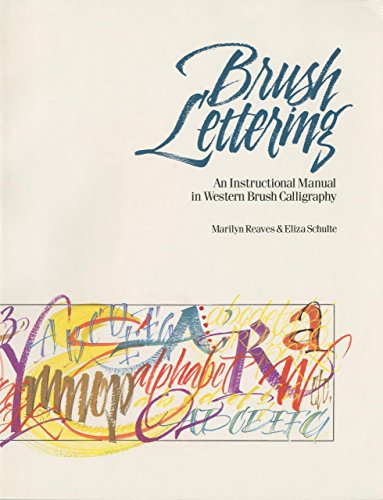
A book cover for Brush Lettering: An Instructional Manual Of Western Brush Lettering; Marilyn Reaves; Arts & Photography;